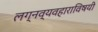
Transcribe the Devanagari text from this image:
लग्नव्यवहाराविषयी